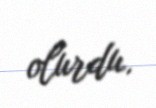
olurdu.